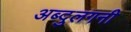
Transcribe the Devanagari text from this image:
अब्दुलगनी